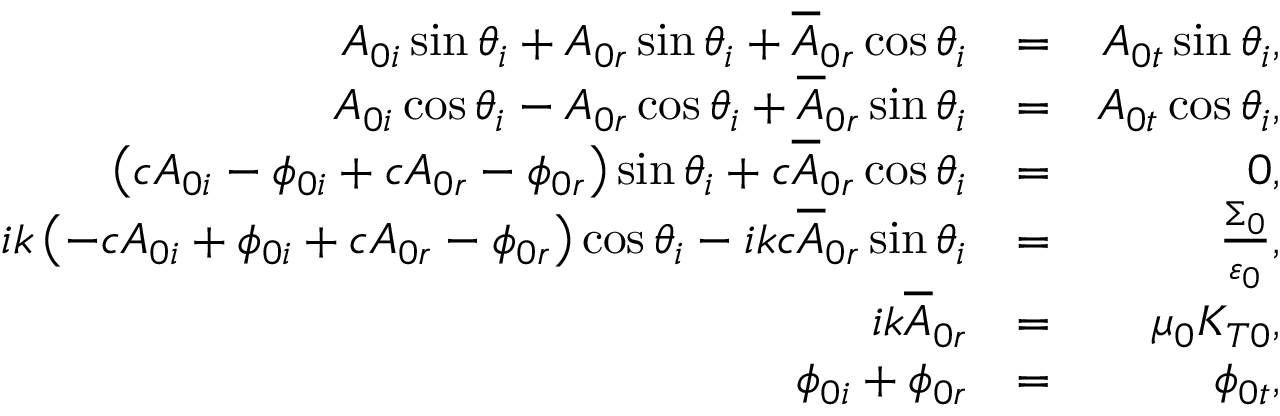
\begin{array} { r l r } { A _ { 0 i } \sin \theta _ { i } + A _ { 0 r } \sin \theta _ { i } + \overline { { A } } _ { 0 r } \cos \theta _ { i } } & { = } & { A _ { 0 t } \sin \theta _ { i } , } \\ { A _ { 0 i } \cos \theta _ { i } - A _ { 0 r } \cos \theta _ { i } + \overline { { A } } _ { 0 r } \sin \theta _ { i } } & { = } & { A _ { 0 t } \cos \theta _ { i } , } \\ { \left( c A _ { 0 i } - \phi _ { 0 i } + c A _ { 0 r } - \phi _ { 0 r } \right) \sin \theta _ { i } + c \overline { { A } } _ { 0 r } \cos \theta _ { i } } & { = } & { 0 , } \\ { i k \left( - c A _ { 0 i } + \phi _ { 0 i } + c A _ { 0 r } - \phi _ { 0 r } \right) \cos \theta _ { i } - i k c \overline { { A } } _ { 0 r } \sin \theta _ { i } } & { = } & { \frac { \Sigma _ { 0 } } { \varepsilon _ { 0 } } , } \\ { i k \overline { { A } } _ { 0 r } } & { = } & { \mu _ { 0 } K _ { T 0 } , } \\ { \phi _ { 0 i } + \phi _ { 0 r } } & { = } & { \phi _ { 0 t } , } \end{array}